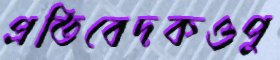
প্রতিবেদকওপু